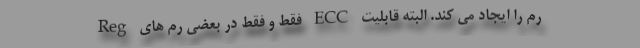
رم را ایجاد می کند. البته قابلیت ECC فقط و فقط در بعضی رم های Reg